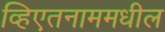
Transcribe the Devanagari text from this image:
व्हिएतनाममधील